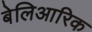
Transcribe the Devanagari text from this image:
बेलिआरिक